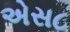
એસ૮